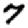
Digit: 7